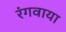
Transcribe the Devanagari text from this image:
रंगवाया